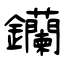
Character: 钄